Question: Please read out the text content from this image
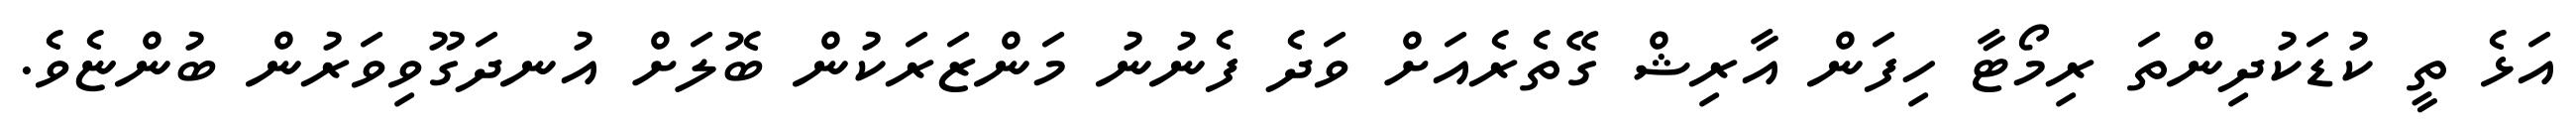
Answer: އަޅެ ތީ ކުޑަކުދިންތަ ރިމޯޓާ ހިފަން އާރިޝް ގޭތެރެއަށް ވަދެ ފެނުނު މަންޒަރަކުން ބޮލަށް އުނދަގޫވިވަރުން ބުންޏެވެ.